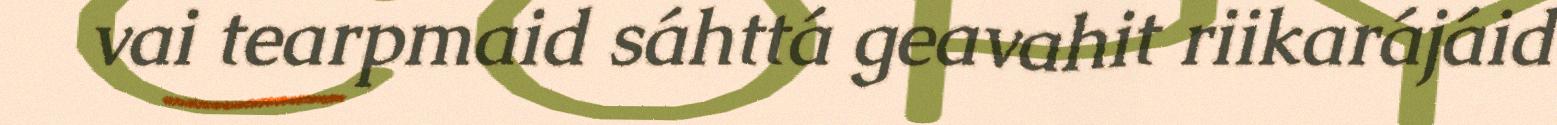
vai tearpmaid sáhttá geavahit riikarájáid